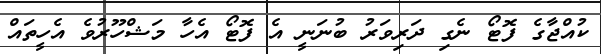
ކުއްޖާގެ ފޮޓޯ ނެގި ދަރިވަރު ބުނަނީ އެ ފޮޓޯ އެހާ މަޝްހޫރުވެ އެހީތައް